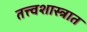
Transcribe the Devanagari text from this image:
तत्त्वशास्त्रात